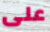
على